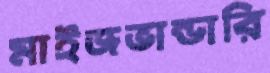
মাইজভান্ডারি